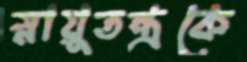
স্নায়ুতন্ত্রকে